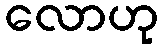
လောဟု